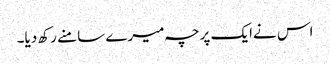
اس نےایک پرچہ میرے سامنے رکھ دیا۔